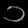
Digit: ၁